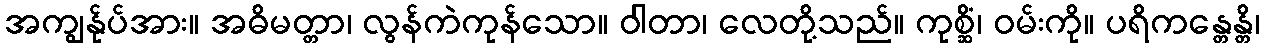
အကျွန်ုပ်အား။ အဓိမတ္တာ၊ လွန်ကဲကုန်သော။ ဝါတာ၊ လေတို့သည်။ ကုစ္ဆိံ၊ ဝမ်းကို။ ပရိကန္တေန္တိ၊